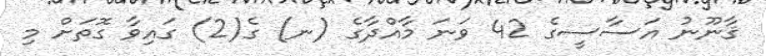
ޤާނޫނު އަސާސީގެ 42 ވަނަ މާއްދާގެ (ނ) ގެ(2) ގައިވާ ގޮތަށް މި